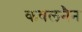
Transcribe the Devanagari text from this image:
कवलनैन